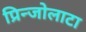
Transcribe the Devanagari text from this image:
प्रिन्जोलाटा